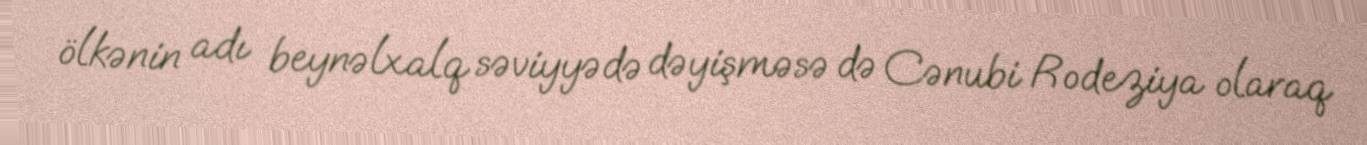
ölkənin adı beynəlxalq səviyyədə dəyişməsə də Cənubi Rodeziya olaraq